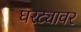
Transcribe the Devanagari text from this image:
घरट्यावर